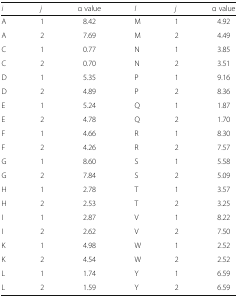
| i | j | α value | I | j | α value |
 | --- | --- | --- | --- | --- | --- |
 | A | 1 | 8.42 | M | 1 | 4.92 |
 | A | 2 | 7.69 | M | 2 | 4.49 |
 | C | 1 | 0.77 | N | 1 | 3.85 |
 | C | 2 | 0.70 | N | 2 | 3.51 |
 | D | 1 | 5.35 | P | 1 | 9.16 |
 | D | 2 | 4.89 | P | 2 | 8.36 |
 | E | 1 | 5.24 | Q | 1 | 1.87 |
 | E | 2 | 4.78 | Q | 2 | 1.70 |
 | F | 1 | 4.66 | R | 1 | 8.30 |
 | F | 2 | 4.26 | R | 2 | 7.57 |
 | G | 1 | 8.60 | S | 1 | 5.58 |
 | G | 2 | 7.84 | S | 2 | 5.09 |
 | H | 1 | 2.78 | T | 1 | 3.57 |
 | H | 2 | 2.53 | T | 2 | 3.25 |
 | I | 1 | 2.87 | V | 1 | 8.22 |
 | I | 2 | 2.62 | V | 2 | 7.50 |
 | K | 1 | 4.98 | W | 1 | 2.52 |
 | K | 2 | 4.54 | W | 2 | 2.52 |
 | L | 1 | 1.74 | Y | 1 | 6.59 |
 | L | 2 | 1.59 | Y | 2 | 6.59 |